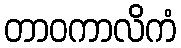
တာဝကာလိကံ